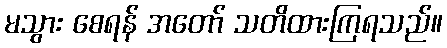
မသွား စေရန် အတော် သတိထားကြရသည်။